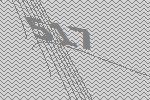
517